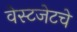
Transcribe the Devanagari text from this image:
वेस्टजेटचे